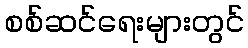
စစ်ဆင်ရေးများတွင်